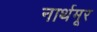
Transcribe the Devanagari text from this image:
नार्थमूर